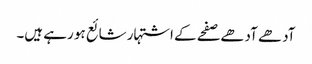
آدھے آدھے صفحے کے اشتہار شائع ہو رہے ہیں۔